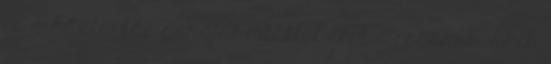
és a háztartás gondjai miatt. Ezért a rokonok, akik